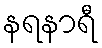
နရနာရီ